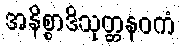
အနိစ္စာဒိသုတ္တနဝကံ